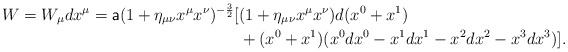
\begin{align*} W=W_\mu dx^\mu=\textsf{a}(1+\eta_{\mu\nu}x^\mu x^\nu)^{-\frac{3}{2}}[&(1+\eta_{\mu\nu}x^\mu x^\nu)d(x^0+x^1)\\&+(x^0+x^1)(x^0dx^0-x^1dx^1-x^2dx^2-x^3dx^3)].\end{align*}